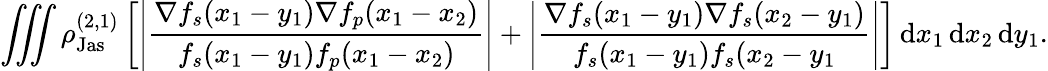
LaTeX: \iiint\rho_{\textnormal{Jas}}^{(2,1)}\left[\left\vert\frac{\nabla f_{s}(x_{1}-y_{1})\nabla f_{p}(x_{1}-x_{2})}{f_{s}(x_{1}-y_{1})f_{p}(x_{1}-x_{2})}\right\vert+\left\vert\frac{\nabla f_{s}(x_{1}-y_{1})\nabla f_{s}(x_{2}-y_{1})}{f_{s}(x_{1}-y_{1})f_{s}(x_{2}-y_{1}}\right\vert\right]\, \textnormal{d}x_{1}\, \textnormal{d}x_{2}\, \textnormal{d}y_{1}.